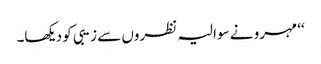
‘‘ مہرو نے سوالیہ نظروں سے زیبی کو دیکھا۔